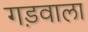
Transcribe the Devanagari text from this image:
गड़वाला